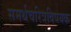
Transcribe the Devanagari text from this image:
समर्थचरित्रविषयक